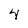
Character: 4